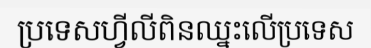
ប្រទេសហ្វីលីពិនឈ្នះលើប្រទេស